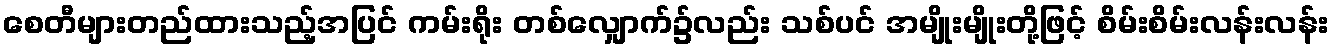
စေတီများတည်ထားသည့်အပြင် ကမ်းရိုး တစ်လျှောက်၌လည်း သစ်ပင် အမျိုးမျိုးတို့ဖြင့် စိမ်းစိမ်းလန်းလန်း